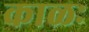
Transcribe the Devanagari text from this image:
काळः